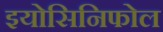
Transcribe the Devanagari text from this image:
इयोसिनिफोल